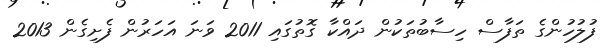
ފުލުހުންގެ ތަފާސް ހިސާބުތަކުން ދައްކާ ގޮތުގައި 2011 ވަނަ އަހަރުން ފެށިގެން 2013